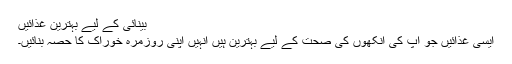
بینائی کے لیے بہترین غذائیں
ایسی غذائیں جو آپ کی آنکھوں کی صحت کے لیے بہترین ہیں انہیں اپنی روزمرہ خوراک کا حصہ بنائیں۔